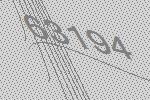
63194